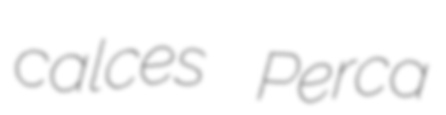
calces Perca